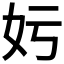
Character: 𡚯